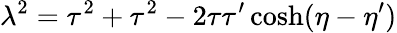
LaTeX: \lambda^{2}=\tau^{2}+\tau^{2}-2\tau\tau^{\prime}\cosh(\eta-\eta^{\prime})